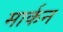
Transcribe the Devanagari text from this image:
मार्कन